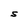
Character: S